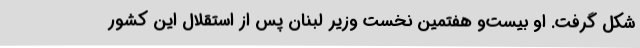
شکل گرفت. او بیست‌و هفتمین نخست وزیر لبنان پس از استقلال این کشور